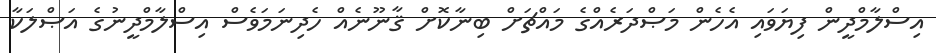
އިސްލާމްދީން ފިޔަވައި އެހެން މަޞްދަރެއްގެ މައްޗަށް ބިނާކޮށް ޤާނޫނެއް ހެދިނަމަވެސް އިސްލާމްދީނުގެ އަޞްލަކާ